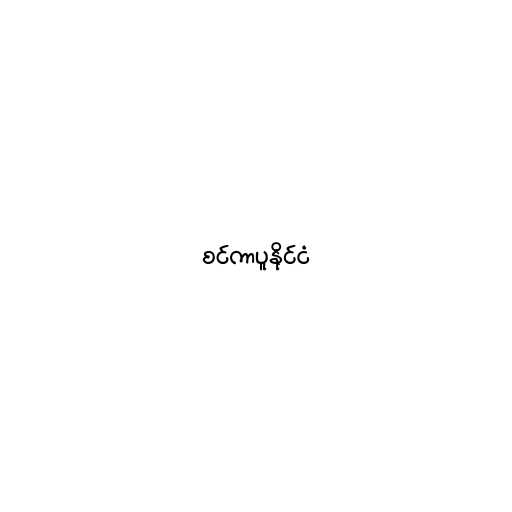
စင်ကာပူနိုင်ငံ